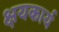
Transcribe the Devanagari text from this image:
क्षयकार्य